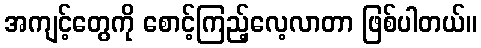
အကျင့်တွေကို စောင့်ကြည့်လေ့လာတာ ဖြစ်ပါတယ်။